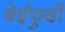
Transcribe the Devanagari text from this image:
बेईफुदी